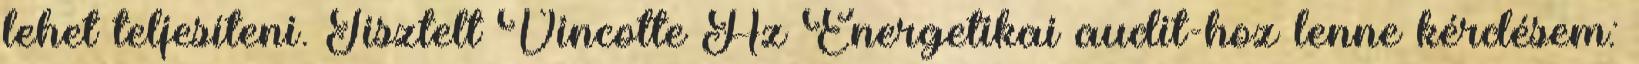
le­het tel­je­sí­te­ni. Tisztelt Vincotte Az Energetikai audit-hoz lenne kérdésem: